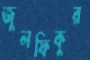
জুলফিকুর